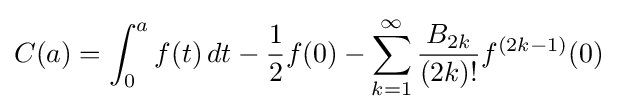
C(a)=\int _{0}^{a}f(t)\,dt-{\frac {1}{2}}f(0)-\sum _{k=1}^{\infty }{\frac {B_{2k}}{(2k)!}}f^{(2k-1)}(0)